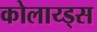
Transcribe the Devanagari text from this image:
कोलाय्ड्स